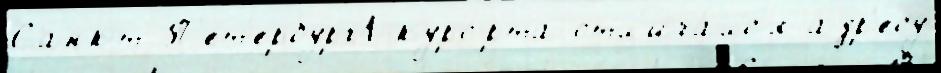
Санкт-П'ет'ербург1 куро́рта отл'ича́лс'я а́др'есу